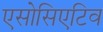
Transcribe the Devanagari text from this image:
एसोसिएटिव